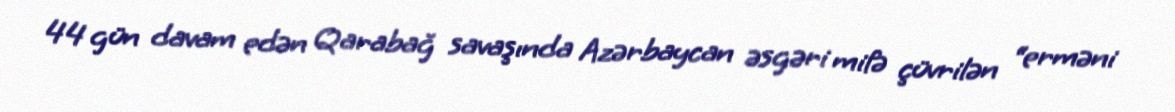
44 gün davam edən Qarabağ savaşında Azərbaycan əsgəri mifə çüvrilən “erməni